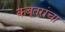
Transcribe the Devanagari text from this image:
कबूतरांचा